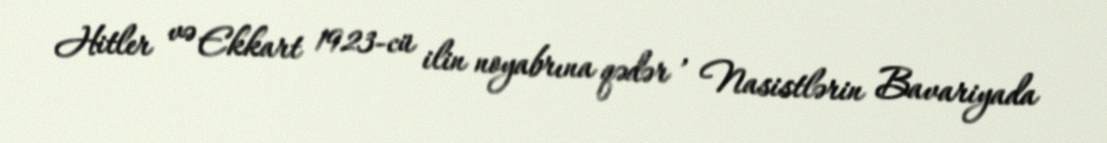
Hitler və Ekkart 1923-cü ilin noyabrına qədər , Nasistlərin Bavariyada